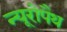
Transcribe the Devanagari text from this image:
न्यूरोपैथ